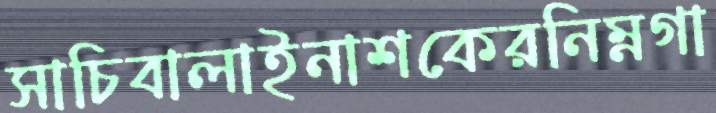
সাচিবালাইনাশকেরনিম্নগা